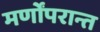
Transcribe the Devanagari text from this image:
मर्णोंपरान्त